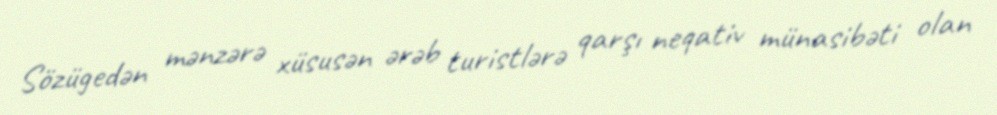
Sözügedən mənzərə xüsusən ərəb turistlərə qarşı neqativ münasibəti olan